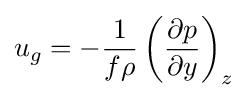
u_{g}=-{\frac {1}{f\rho }}\left({\frac {\partial p}{\partial y}}\right)_{z}